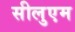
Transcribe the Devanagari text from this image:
सीलुएम